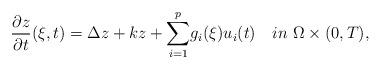
LaTeX: \begin{align*}\frac{\partial z}{\partial t}(\xi,t)=\Delta z+kz+\overset{p}{\underset{i=1}{\sum }}g_{i}(\xi)u_{i}(t) \ \ \ in \ \Omega \times (0,T),\end{align*}